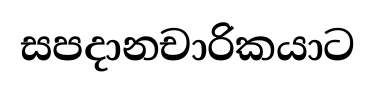
සපදානචාරිකයාට